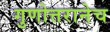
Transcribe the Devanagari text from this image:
गुणोत्तरानेच